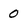
Character: 0